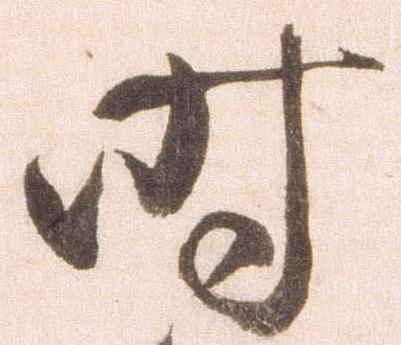
時